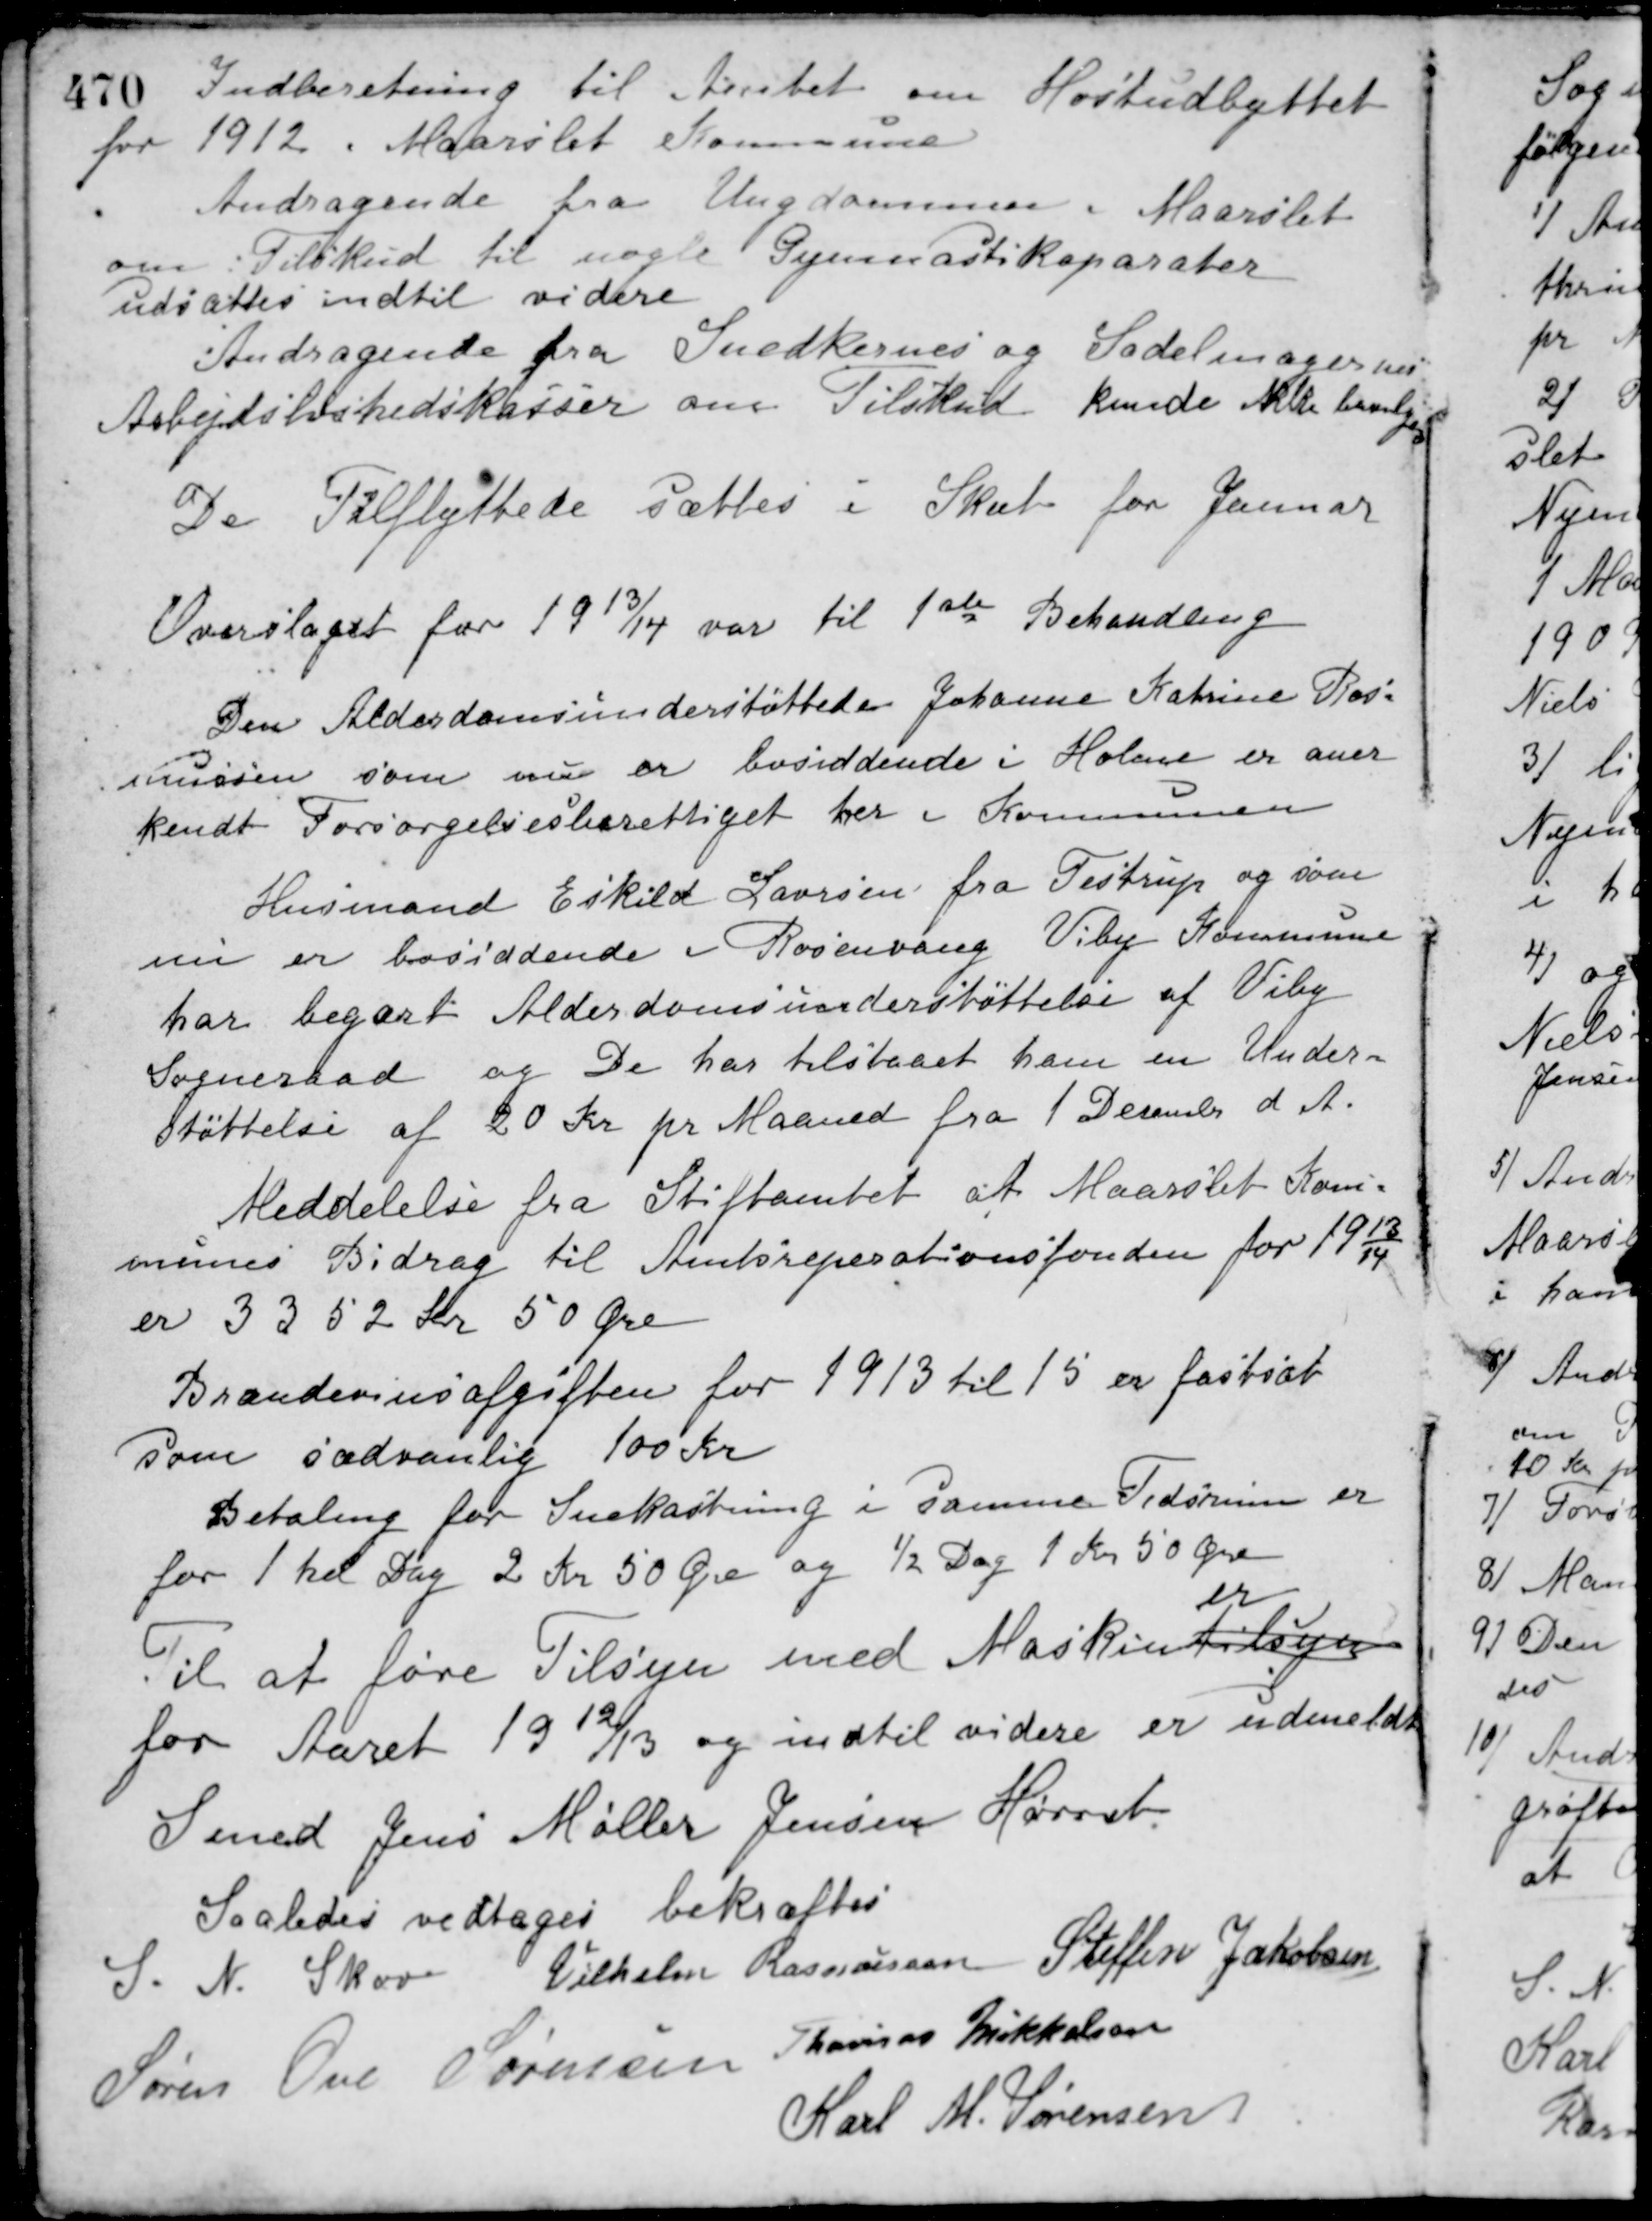
Transskription:
Indberetning til Amtet om Høstudbyttet
for 1912 i Maarslet Kommune.
Andragende fra Ungdommen i Maarslet
om Tilskud til nogle Gymnastikaparater.
udsattes indtil videre.
Andragende fra Snedkernes og Sadelmagernes
Arbejdsløshedskasser om Tilskud
kunde ikke bevilges
De Tilflyttede sættes i Skat for Januar.
Overslaget for 1913/14 var til 1ste Behandling.
Den Alderdomsunderstøttede Johanne Katrine Ras-
mussen som nu er bosiddende i Holme er aner-
kendt Forsørgelsesberettiget her i Kommunen.
Husmand Eskild Laursen fra Testrup og som
nu er bosiddende i Rosenvang Viby Kommune
har begært Alderdomsunderstøttelse af Viby
Sogneraad og De har tilstaaet ham en Under-
Støttelse af 20 Kr. pr. Maaned fra 1 December d. A.
Meddelelse fra Stiftamtet at Maarslet Kom-
munes Bidrag til Amtsreparationsfonden for 1913/14
er 3352 Kr. 50 Øre.
Brændevinsafgiften for 1913 til 15 er fastsat
som sædvanlig 100 Kr.
Betaling for Snekastning i samme Tidsrum er
for 1 hel Dag 2 Kr 50 Øre og ½ Dag 1 Kr 50 Øre.
Til at føre Tilsyn med Maskintilsyn
er
for Aaret 1912/13 og indtil videre er udmeldt
Smed Jens Møller Jensen Hørret.
Saaledes vedtaget bekræftes
S. N. Skov Vilhelm Rasmussen Steffen Jakobsen
Søren Ove Sørensen Thomas Mikkelsen
Karl M. Sørensen